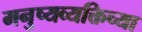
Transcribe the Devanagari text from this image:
मनुष्यव्यक्तिच्या